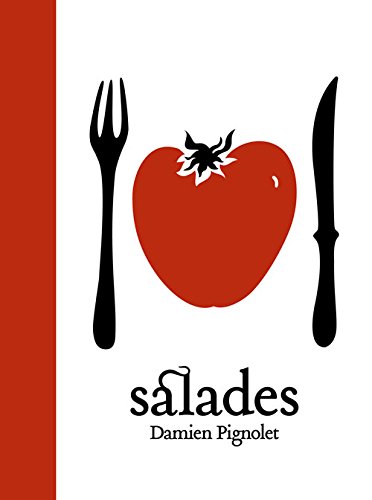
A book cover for Salades; Damien Pignolet; Cookbooks, Food & Wine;